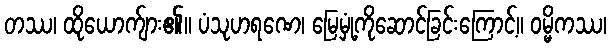
တဿ၊ ထိုယောက်ျား၏။ ပံသုဟရဏေ၊ မြေမှုံ့ကိုဆောင်ခြင်းကြောင့်။ ဝမ္မိကဿ၊